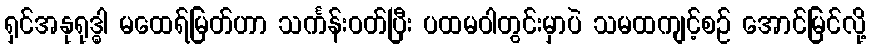
ရှင်အနုရုဒ္ဓါ မထေရ်မြတ်ဟာ သင်္ကန်းဝတ်ပြီး ပထမဝါတွင်းမှာပဲ သမထကျင့်စဉ် အောင်မြင်လို့